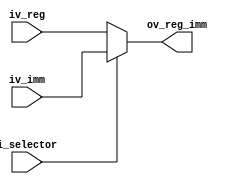
module Mux_ALU(
	input [31:0] iv_reg,
	input [31:0] iv_imm,
	input i_selector,
	output reg[31:0] ov_reg_imm
);

always@*
begin
	if(i_selector)
	begin
		ov_reg_imm <= iv_imm;
	end
	else
	begin
		ov_reg_imm <= iv_reg;
	end
end 

endmodule